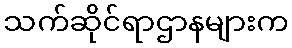
သက်ဆိုင်ရာဌာနများက